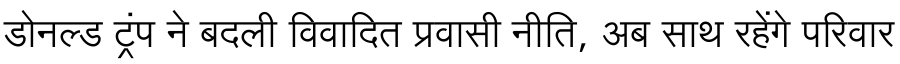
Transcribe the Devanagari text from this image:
डोनल्ड ट्रंप ने बदली विवादित प्रवासी नीति, अब साथ रहेंगे परिवार